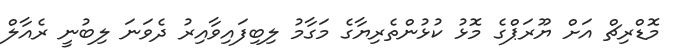
މޮޑްރިޗް އަށް ޔޫރަޕްގެ މޮޅު ކުޅުންތެރިޔާގެ މަގާމު ލިބިފައިވާއިރު ދެވަނަ ލިބުނީ ރެއާލް